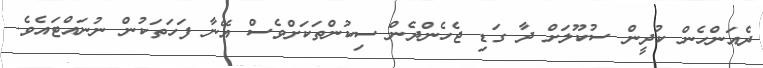
ދެއަންހެން ކުދީން ސުކޫލަށް ދާ ގަޑި ޖެހެންދެން ސިކުންތަކަށްވެސް އޭނާ ފަހަތަކުން ނުނައްޓައެވެ.